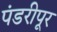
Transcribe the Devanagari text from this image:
पंडरीपूर